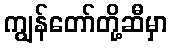
ကျွန်တော်တို့ဆီမှာ